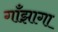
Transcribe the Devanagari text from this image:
गाँझागा